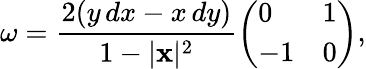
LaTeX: \omega={\frac{2(y\, dx-x\, dy)}{1-|\mathbf{x}|^{2}}}{\left(\begin{array}{ll}{0}&{1}\\ {-1}&{0}\end{array}\right)},